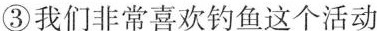
③我们非常喜欢钓鱼这个活动